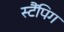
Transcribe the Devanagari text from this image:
स्टैंपिग